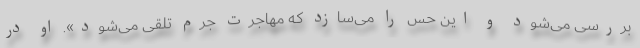
بررسی می‌شود و این حس را می‌سازد که مهاجرت جرم تلقی می‌شود». او در